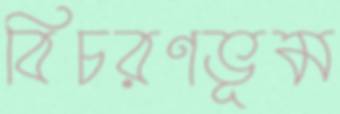
বিচরণভূম